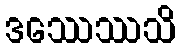
ဒဿေဿသိ